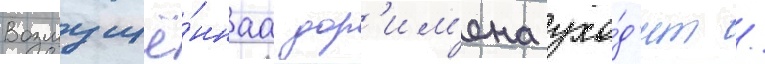
Возмущё́ннаа дор'им'ена ухо́д'ит /